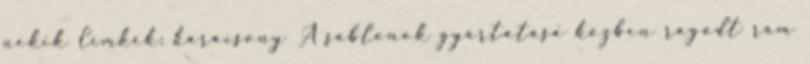
nekik Címkék: karácsony A sablonok gyártatása közben ragadt rám